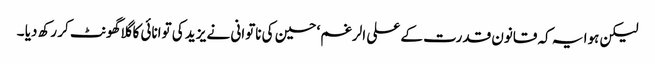
لیکن ہوا یہ کہ قانون قدرت کے علی الرغم‘ حسین کی ناتوانی نے یزید کی توانائی کا گلاگھونٹ کر رکھ دیا ۔